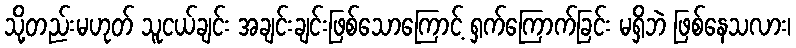
သို့တည်းမဟုတ် သူငယ်ချင်း အချင်းချင်းဖြစ်သောကြောင့် ရှက်ကြောက်ခြင်း မရှိဘဲ ဖြစ်နေသလား၊